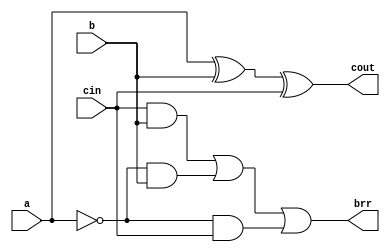
module full_subtr(a,b,cin,cout,brr);
    input a,b,cin;
    output cout,brr;
    wire temp1,temp2,temp3,neg_a;
    not(neg_a,a);
    xor(cout,a,b,cin);
    //cout (cin.a.b)|(a.~b)
    and(temp1,cin,b);
    and(temp2,neg_a,b);
    and(temp3,neg_a,cin);
    or(brr,temp1,temp2,temp3);

endmodule